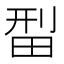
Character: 𬏄